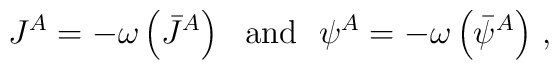
J^A = -\omega \left(\bar J^A \right) \ \ {\rm and} \ \ \psi^A = -\omega \left(\bar \psi^A \right)\, ,